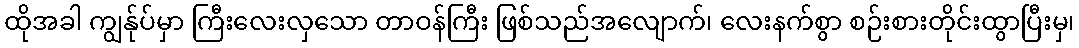
ထိုအခါ ကျွန်ုပ်မှာ ကြီးလေးလှသော တာဝန်ကြီး ဖြစ်သည်အလျောက်၊ လေးနက်စွာ စဉ်းစားတိုင်းထွာပြီးမှ၊